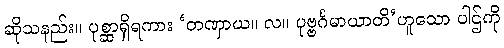
ဆိုသနည်း။ ပုစ္ဆာရှိရကား ‘တဏှာယ။ လ။ ပုဗ္ဗင်္ဂမာယာတိ’ဟူသော ပါဌ်ကို